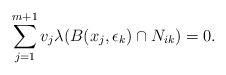
LaTeX: \begin{align*}\sum_{j=1}^{m+1}v_j\lambda(B(x_j,\epsilon_k)\cap N_{ik})=0.\end{align*}